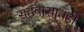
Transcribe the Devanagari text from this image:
सहवासातही